Kassari_(Keina)_vallavalitsus, lk 51
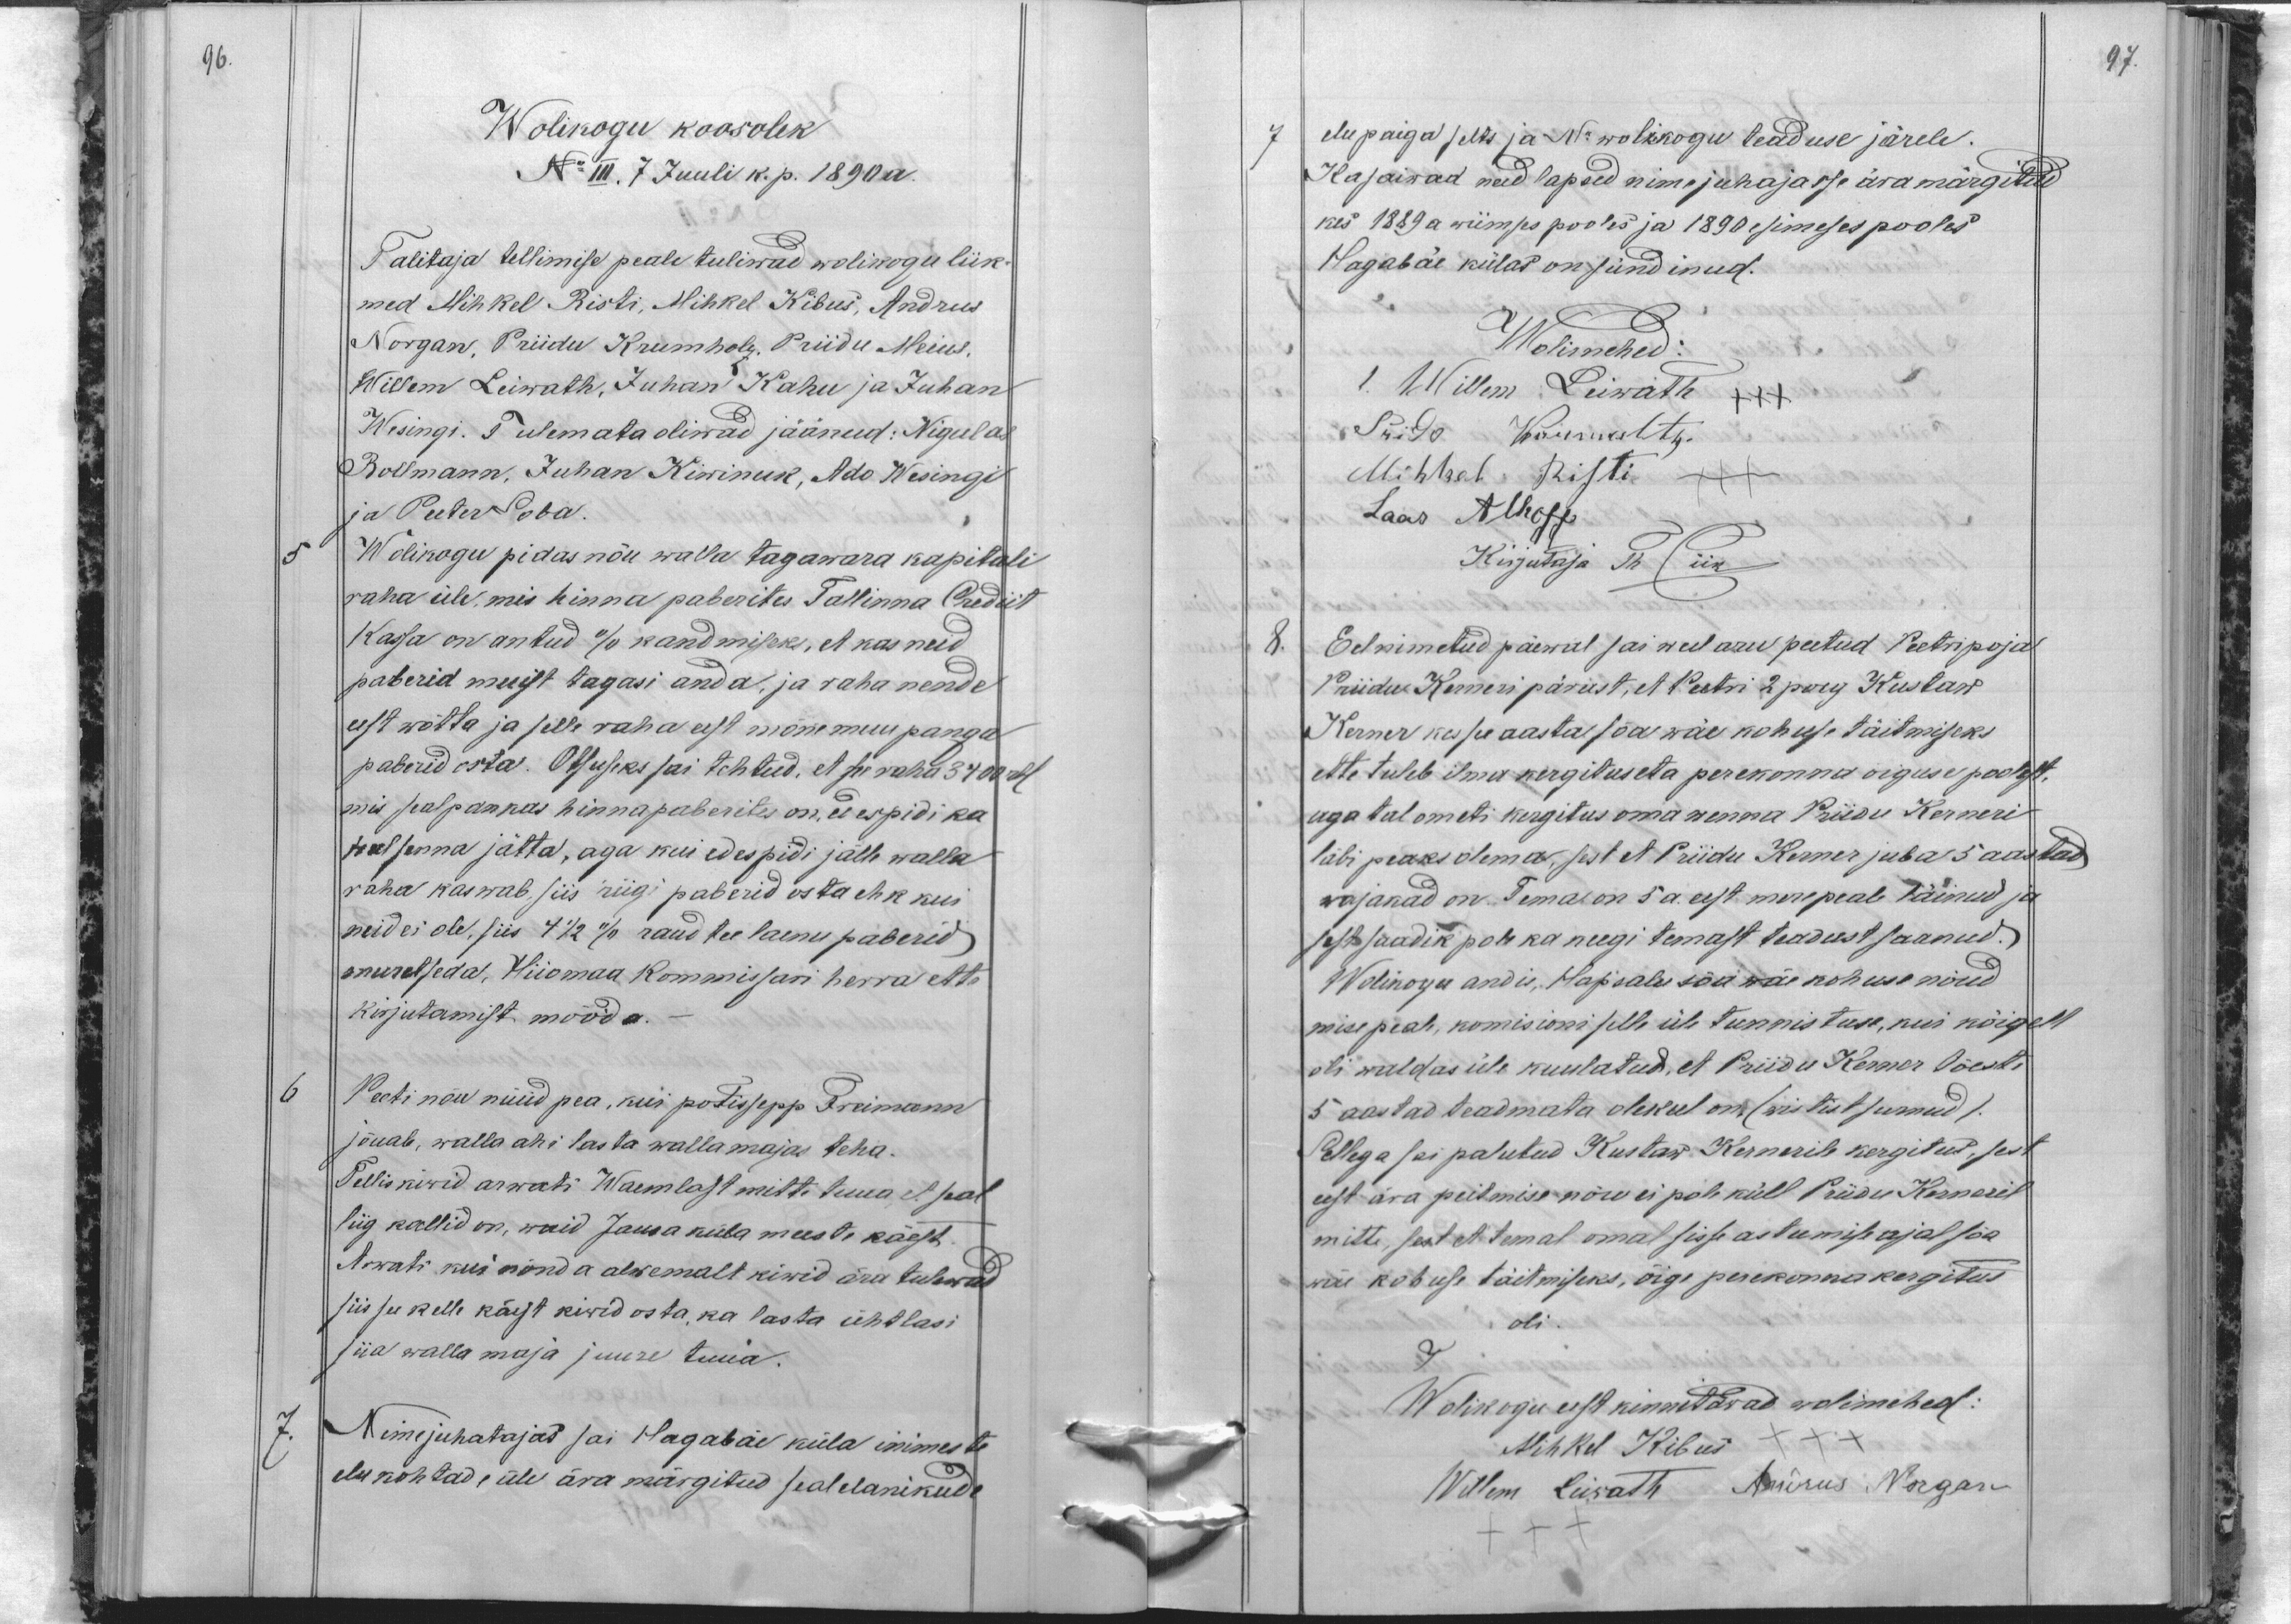
96.

Wolikogu koosolek
No III. 7 Juuli k. p. 1890 a.
Talitaja tellimise peale tuliwad wolikogu liik-
med Mihkel Risti, Mihkel Kibus, Andrus
Norgan, Priidu Krumholz Priitu Meius.
Willem Leiwath, Juhan Kahu ja Juhan
Wesingi. Tulemata oliwad jäänud: Nigulas
Bollmann, Juhan Kiwinuk, Ado Wesingi
ja Peeter Soba.
5
Wolikogu pidas nõu walla tagawara kapitali
raha üle, mis hinna paberites Tallinna Crediit
Kassa on antud % kandmiseks, et kas neid
paberid muist tagasi anda, ja raha nende
eest wõtta ja selle raha eest mõne muu panga
paberid osta. Otsuseks sai tehtud, et see raha 3400 rbl
mis seal pankas hinnapaberites on edespidi ka
seal senna jätta, aga kui edespidi jälle walla
raha kaswab, siis riigi paberid osta ehk kui
neid ei ole, siis 4 1/2 % raud tee laenu paberid
muretseda, Hiiomaa Kommissari herra ette
kirjutamist mööda.
6
Peeti nõu nüüd pea, kui potissepp Freimann
jõuab, walla ahi lasta wallamajas teha.
Telliskiwid arwati Waemlast mitte tuua et seal
liig kallid on, waid Jausa küla meeste käest.
Arwati kui nõnda alwemalt kiwid ära tulewad
siis see kelle käest kiwid osta, ka lasta ühtlasi
siia walla maja juure tuua.
7.
Nimejuhatajas sai Hagabäe küla inimeste
elukohtade üle ära märgitud seal elanikude

97.
7
elu paiga selts ja No wolikogu teaduse järele.
Ka saiwad need lapsed nime juhajasse ära märgitud
kes 1889 a wiimses pooles ja 1890 esimeses pooles
Hagabäe külas on sündinud.
Wolimehed:
1. Willem Leivath XXX
Prido Krumholtz
Mihkel Risti
Laas Alhoff
Kirjutaja Th Piik
8.
Eelnimetud päewal sai weel aru peetud Peetri poja
Priidu Kerneri pärast, et Peetri 2 poeg Kustaw
Kerner kes see aasta sõa wäe kohuse täitmiseks
ette tuleb ilma kergituseta perekonna õiguse poolest.
aga tal ometi kergitus oma wenna Priidu Kerneri
läbi peaks olema, sest et Priidu Kerner juba 5 aastad
wajakad on. Tema on 5 a. eest mere peale läinud ja
sest saadik pole ka keegi temast teadust saanud.
Wolikogu andis, Hapsalu sõa wäe kohuse nõud
mise peal, komisioni selle üle tunnistuse, kui kõigelt
oli waldas üle kuulatud, et Priidu Kerner tõesti
5 aastad teadmata olekul on, (wistist surnud).
Sellega sai palutud Kustaw Kernerile kergitus, sest
eest ära peitmise nõu ei pole küll Priidu Kerneril
mitte, sest et temal omal sisse astumise ajal sõa
wäe kohuse täitmiseks, õige perekonna kergitus
oli.
Wolikogu eest kinnitawad wolimehed:
Mihkel Kibus
Willem Leiwath, Andrus Norgan